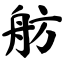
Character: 舫